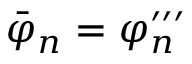
\bar { \varphi } _ { n } = \varphi _ { n } ^ { \prime \prime \prime }